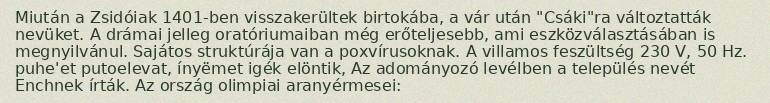
Miután a Zsidóiak 1401-ben visszakerültek birtokába, a vár után "Csáki"ra változtatták nevüket. A drámai jelleg oratóriumaiban még erőteljesebb, ami eszközválasztásában is megnyilvánul. Sajátos struktúrája van a poxvírusoknak. A villamos feszültség 230 V, 50 Hz. puhe'et putoelevat, ínyëmet igék elöntik, Az adományozó levélben a település nevét Enchnek írták. Az ország olimpiai aranyérmesei: